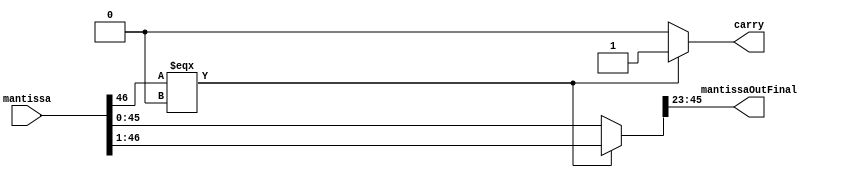
module normalize ( mantissa , mantissaOutFinal , carry );
input[47:0]mantissa;

output reg carry;

reg [47:0]temp;

output reg [22:0]mantissaOutFinal;

always @* begin
	carry = 1'b0;
	temp = mantissa;
	if(mantissa[46] === 1'b0)begin
		temp=mantissa >>> 1'b1;
		carry = 1'b1;
	end
	mantissaOutFinal = temp[45:23];
end
endmodule